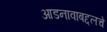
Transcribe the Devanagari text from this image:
आडनावाबद्दलचे